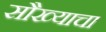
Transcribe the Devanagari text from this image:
सौख्याचा